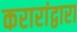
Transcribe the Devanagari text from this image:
करारांद्वारा